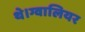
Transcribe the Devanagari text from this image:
थे।ग्वालियर